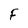
Character: F